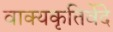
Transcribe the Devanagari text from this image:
वाक्यकृतिर्वेदे